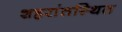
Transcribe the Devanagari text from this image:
शहरांतस्थित